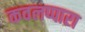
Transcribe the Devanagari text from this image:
कवलप्पारा